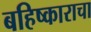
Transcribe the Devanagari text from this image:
बहिष्काराचा